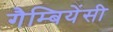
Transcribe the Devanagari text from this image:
गैम्बियेंसी